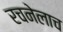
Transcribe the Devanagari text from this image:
रचनेलाच